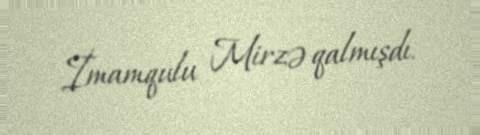
İmamqulu Mirzə qalmışdı.